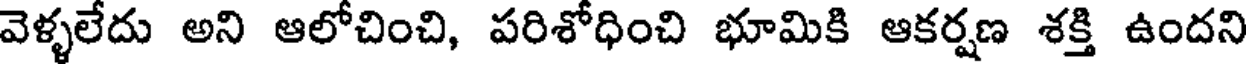
వెళ్ళలేదు అని ఆలోచించి, పరిశోధించి భూమికి ఆకర్షణ శక్తి ఉందని